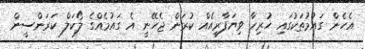
އެހެން ގައުމުތަކުގައި ހުރިހާ ވިޔަފާރިއެއް ކުރަން ޖެހޭނީ އެ ގައުމެއްގެ ލޯކަލް ކަރަންސީން